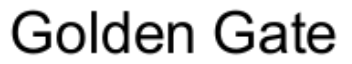
Golden Gate